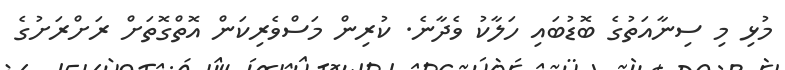
މުޅި މި ސިނާއަތުގެ ބޮޑުބައި ހަލާކު ވެދާނެ. ކުރިން މަސްވެރިކަން އޮތްގޮތަށް ރަށްރަށުގެ